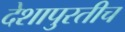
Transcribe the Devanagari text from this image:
देशापुरतीच